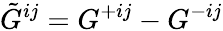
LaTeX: \tilde{G}^{ij}=G^{+ij}-G^{-ij}